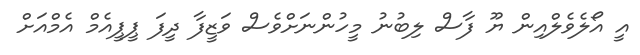
އީ އޯލެވެލްއިން ޔޫ ފާސް ލިބުނު މީހުންނަށްވެސް ވަޒީފާ ދީފަ ޕީޕީއެމް އެމްއަށް